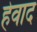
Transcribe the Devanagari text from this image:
हेवाद